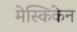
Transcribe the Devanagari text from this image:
मेस्किकेन